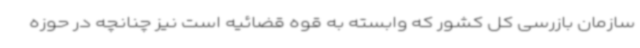
سازمان بازرسی کل کشور که وابسته به قوه قضائیه است نیز چنانچه در حوزه